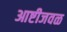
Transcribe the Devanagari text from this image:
आष्टीजवळ